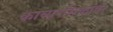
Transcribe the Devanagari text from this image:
काव्यरसिकांवर